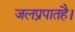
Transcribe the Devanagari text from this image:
जलप्रपातहै।